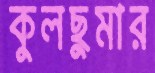
কুলছুমার